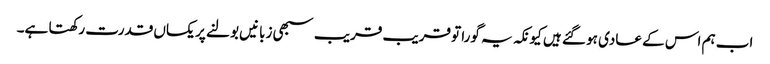
اب ہم اس کے عادی ہو گئے ہیں کیونکہ یہ گورا تو قریب قریب سبھی زبانیں بولنے پر یکساں قدرت رکھتا ہے۔